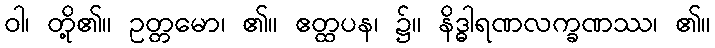
ဝါ၊ တို့၏။ ဥတ္တမော၊ ၏။ ဧတ္ထပန၊ ၌။ နိဒ္ဓါရဏလက္ခဏဿ၊ ၏။